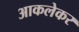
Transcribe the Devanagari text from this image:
आकलेकर